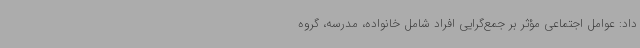
داد: عوامل اجتماعی مؤثر بر جمع‌گرایی افراد شامل خانواده، مدرسه، گروه